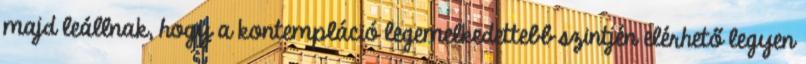
majd leállnak, hogy a kontempláció legemelkedettebb szintjén elérhető legyen